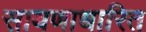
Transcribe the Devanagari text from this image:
सायणाधारित